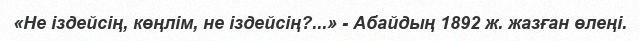
«Не іздейсің, көңлім, не іздейсің?...» - Абайдың 1892 ж. жазған өлеңі.